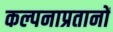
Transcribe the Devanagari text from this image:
कल्पनाप्रतानों